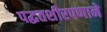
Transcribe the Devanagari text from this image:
पद्धतशीरपणाने